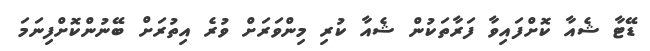
ޑޭޓާ ޝެއާ ކޮށްފައިވާ ފަރާތަކުން ޝެއާ ކުރި މިންވަރަށް ވުރެ އިތުރަށް ބޭނުންކޮށްފިނަމަ